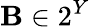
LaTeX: \mathbf{B}\in2^{Y}